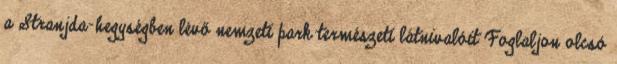
a Stranjda-hegységben lévő nemzeti park természeti látnivalóit Foglaljon olcsó